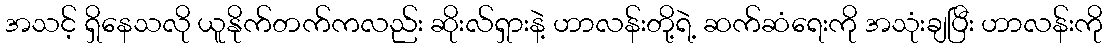
အသင့် ရှိနေသလို ယူနိုက်တက်ကလည်း ဆိုးလ်ရှားနဲ့ ဟာလန်းတို့ရဲ့ ဆက်ဆံရေးကို အသုံးချပြီး ဟာလန်းကို